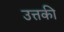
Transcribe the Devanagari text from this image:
उत्तकी